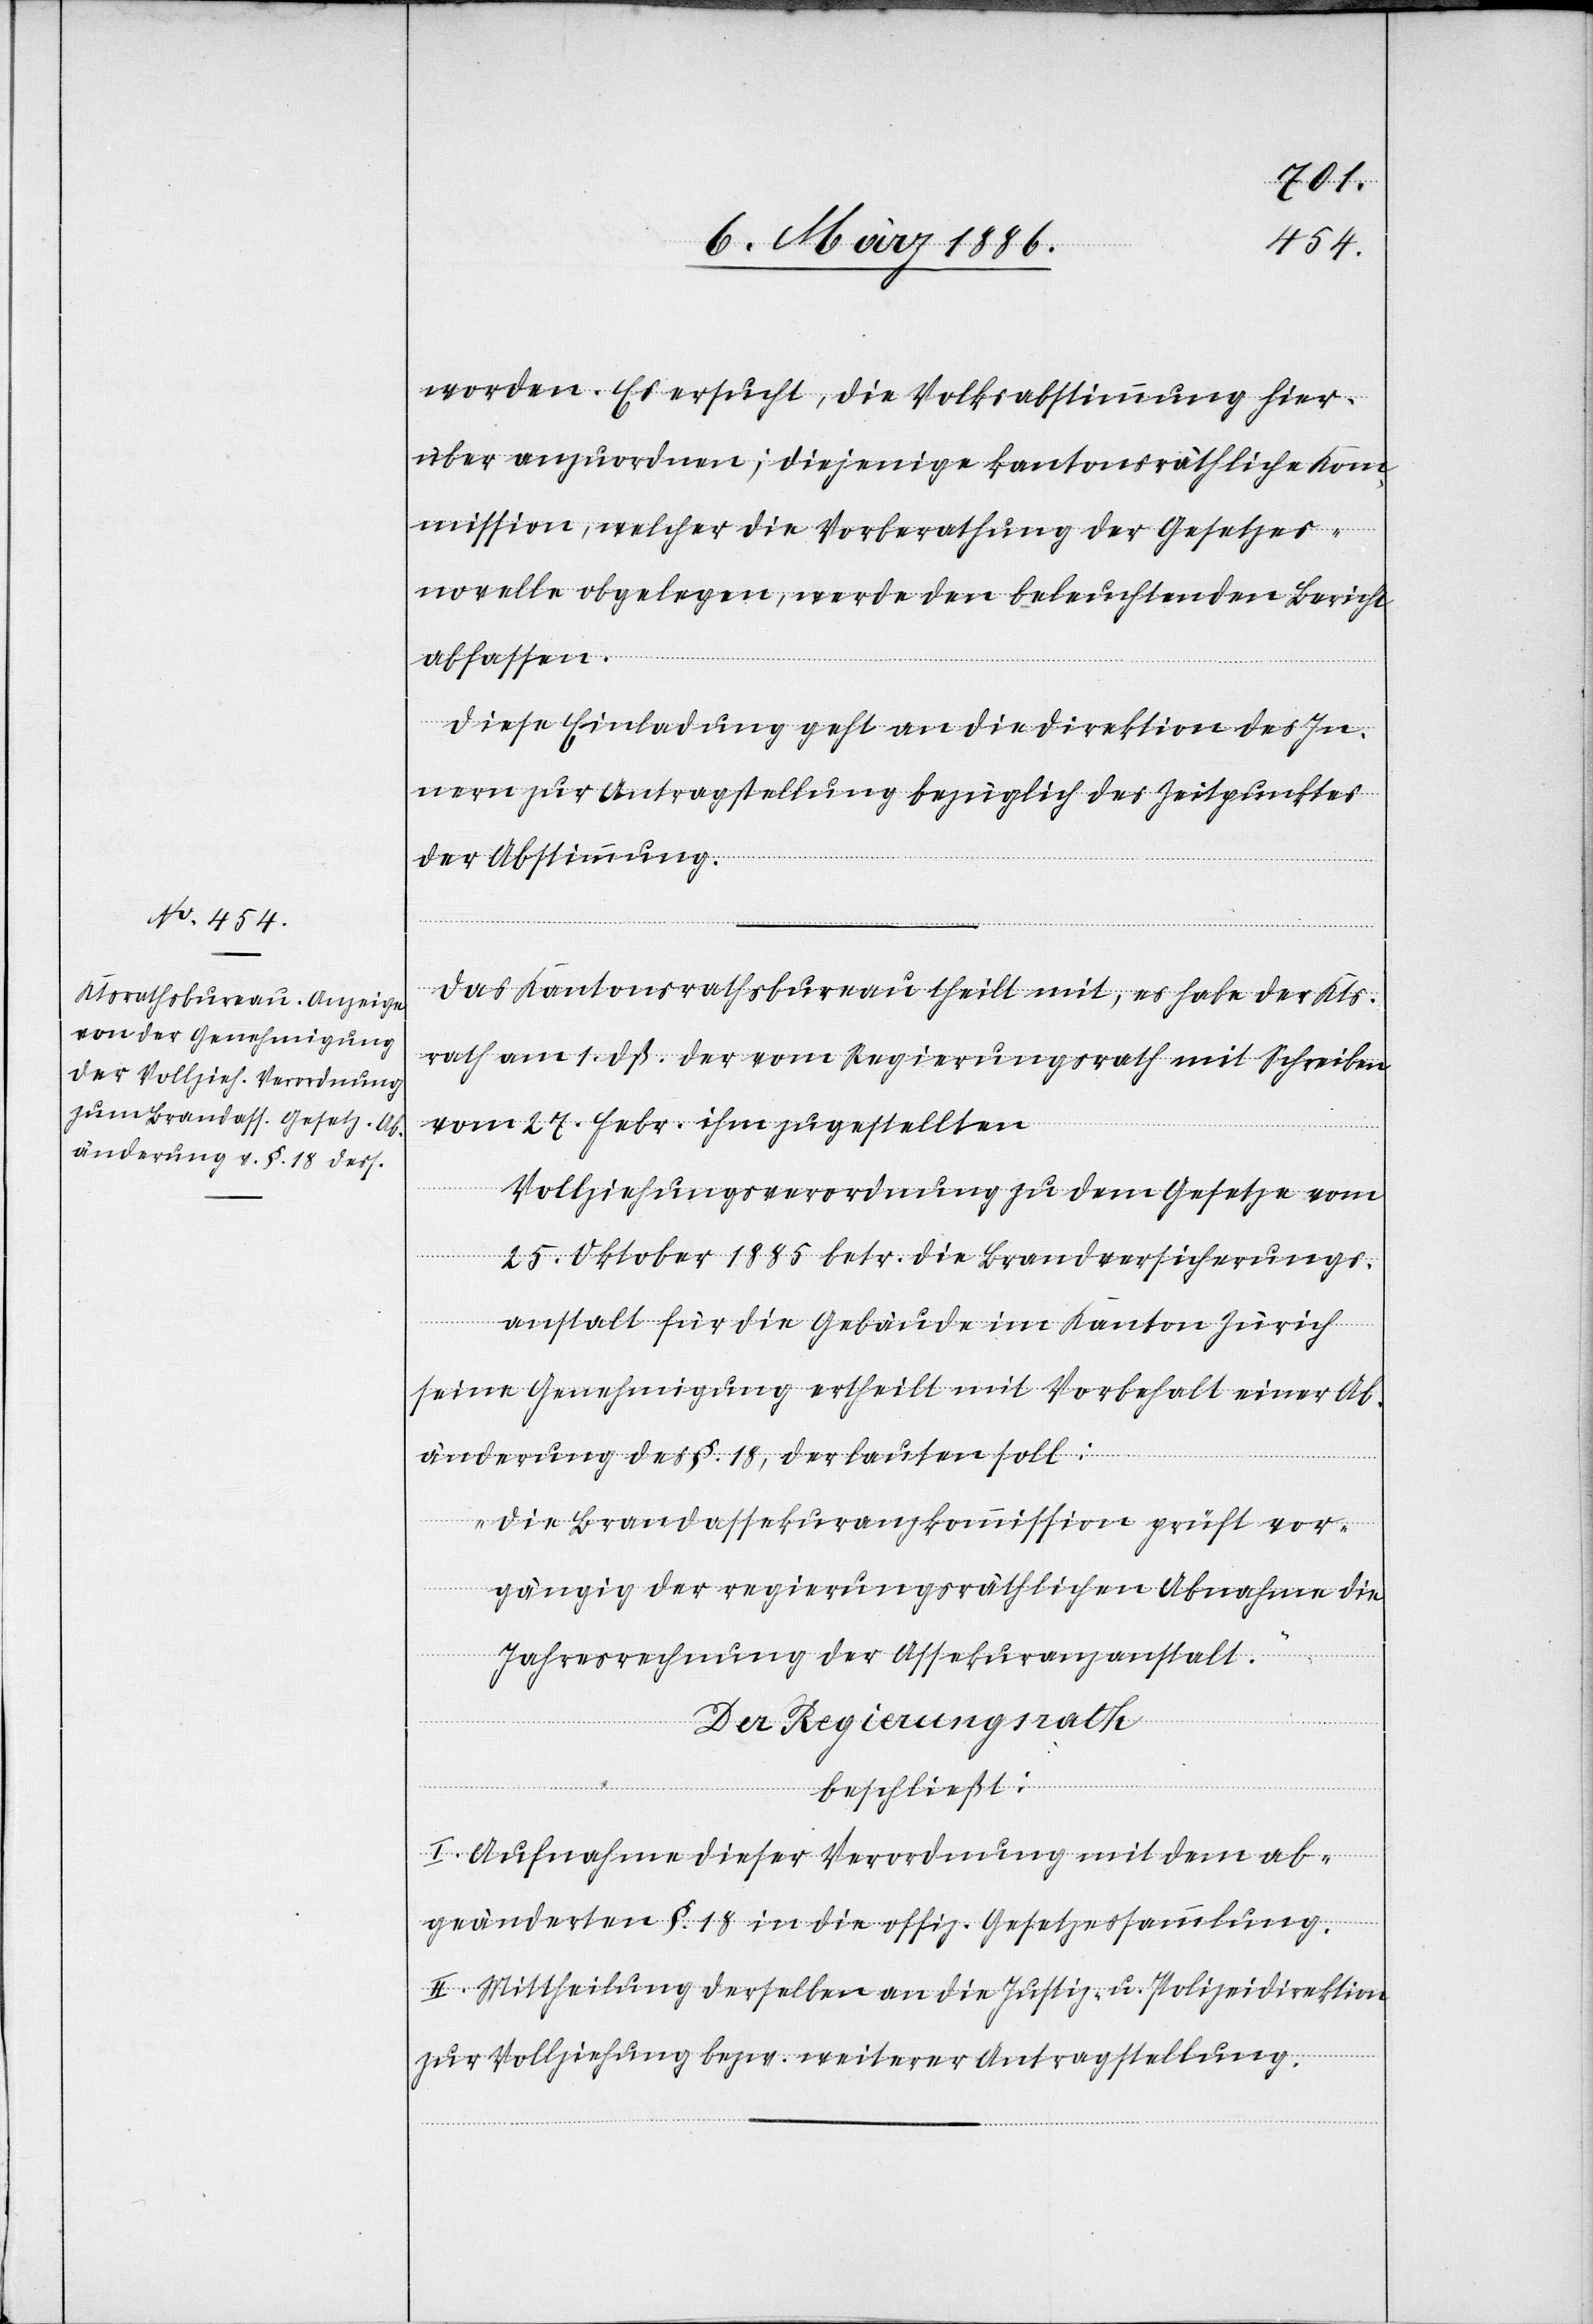
worden. Es ersucht, die Volksabstimmung hier¬
über anzuordnen; diejenige kantonsräthliche Kom¬
mission, welcher die Vorberathung der Gesetzes¬
novelle obgelegen, werde den beleuchtenden Bericht
abfassen.
Diese Einladung geht an die Direktion des In¬
nern zur Antragstellung bezüglich des Zeitpunktes
der Abstimmung.
Das Kantonsrathsbureau theilt mit, es habe der Kts¬
rath am 1. dß. der vom Regierungsrath mit Schreiben
vom 27. Febr. ihm zugestellten
Vollziehungsverordnung zu dem Gesetze vom
25. Oktober 1885 betr. die Brandversicherungs¬
anstalt für die Gebäude im Kanton Zürich
seine Genehmigung ertheilt mit Vorbehalt einer Ab¬
änderung des §. 18, der lauten soll:
„Die Brandassekuranzkommission prüft vor¬
gängig der regierungsräthlichen Abnahme die
Jahresrechnung der Assekuranzanstalt.“
Der Regierungsrath
beschließt:
I. Aufnahme dieser Verordnung mit dem ab¬
geänderten §. 18 in die offiz. Gesetzessammlung.
II. Mittheilung derselben an die Justiz- u. Polizeidirektion
zur Vollziehung bzw. weiterer Antragstellung.